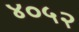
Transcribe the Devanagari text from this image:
४०५२